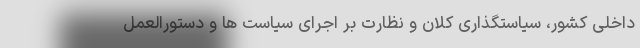
داخلی کشور، سیاستگذاری کلان و نظارت بر اجرای سیاست ها و دستورالعمل